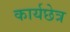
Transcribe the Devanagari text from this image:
कार्यछेत्र